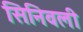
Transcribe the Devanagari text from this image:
सिनिवली